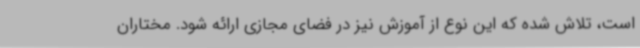
است، تلاش شده که این نوع از آموزش نیز در فضای مجازی ارائه شود. مختاران